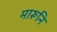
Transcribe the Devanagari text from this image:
मारूनि